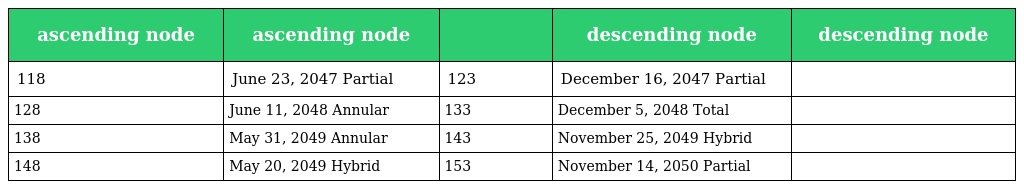
| ascending node | ascending node |  | descending node | descending node |
 | --- | --- | --- | --- | --- |
 | 118 | June 23, 2047 Partial | 123 | December 16, 2047 Partial |  |
 | 128 | June 11, 2048 Annular | 133 | December 5, 2048 Total |  |
 | 138 | May 31, 2049 Annular | 143 | November 25, 2049 Hybrid |  |
 | 148 | May 20, 2049 Hybrid | 153 | November 14, 2050 Partial |  |